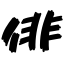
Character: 俳